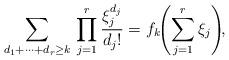
LaTeX: \begin{align*}\sum_{d_1+\cdots+d_r\ge k}\,\prod_{j=1}^r\frac{\xi_j^{d_j}}{d_j!}=f_k\!\!\left(\sum_{j=1}^r\xi_j\right)\!\!,\end{align*}